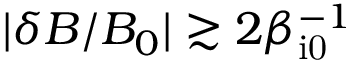
| \delta B / B _ { 0 } | \gtrsim 2 \beta _ { \mathrm { i 0 } } ^ { - 1 }